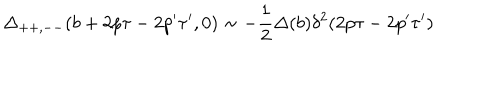
LaTeX: \Delta _ { + + , -- } ( b + 2 p \tau - 2 p ^ { \prime } \tau ^ { \prime } , 0 ) \sim - \frac { 1 } { 2 } \Delta ( b ) \delta ^ { 2 } ( 2 p \tau - 2 p ^ { \prime } \tau ^ { \prime } )